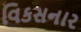
વિકસનાર